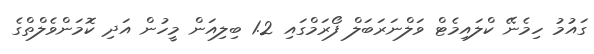
ގައުމު ހިމެނޭ ކްލައިމެޓް ވަލްނަރަބަލް ފޯރަމްގައި 1.2 ބިލިއަން މީހުން އަދި ކޮމަންވެލްތްގެ